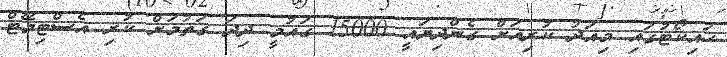
ހައިކޯޓުގައި މިއަދު ކުރިއަށް ގެންދިޔައީ 15000 ގައުމީ ދިދަ ގަތުމަށް ކުރި އެސްޓިމޭޓް